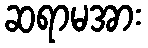
ဆရာမအား